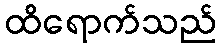
ထိရောက်သည်